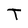
Character: T